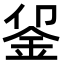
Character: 𬫅